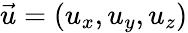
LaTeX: \vec{u}=(u_{x},u_{y},u_{z})